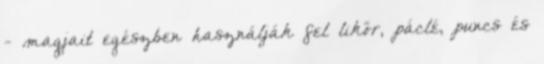
- magjait egészben használják fel likőr, páclé, puncs és